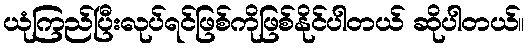
ယုံကြည်ပြီးလုပ်ရင်ဖြစ်ကိုဖြစ်နိုင်ပါတယ် ဆိုပါတယ်။